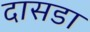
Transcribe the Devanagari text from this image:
दासडा